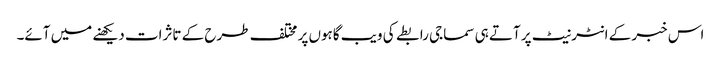
اس خبر کے انٹرنیٹ پر آتے ہی سماجی رابطے کی ویب گاہوں پر مختلف طرح کے تاثرات دیکھنے میں آئے۔